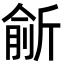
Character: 𣂮